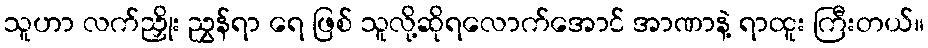
သူဟာ လက်ညှိုး ညွှန်ရာ ရေ ဖြစ် သူလို့ဆိုရလောက်အောင် အာဏာနဲ့ ရာထူး ကြီးတယ်။